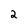
Character: 2